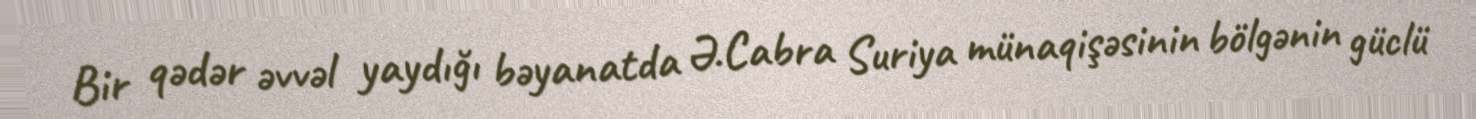
Bir qədər əvvəl yaydığı bəyanatda Ə.Cabra Suriya münaqişəsinin bölgənin güclü